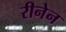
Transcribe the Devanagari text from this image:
रीनेन